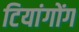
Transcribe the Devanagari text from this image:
टियांगोंग